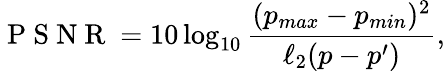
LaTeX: \mathrm{~P~S~N~R~}=10\log_{10}\frac{(p_{max}-p_{min})^{2}}{\ell_{2}(p-p^{\prime})},